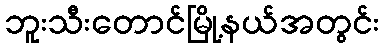
ဘူးသီးတောင်မြို့နယ်အတွင်း